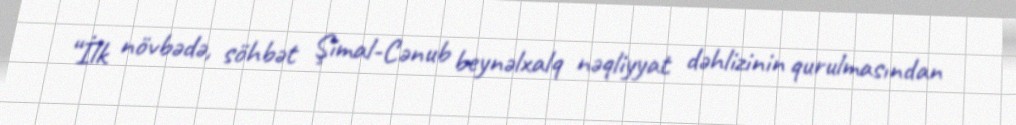
“İlk növbədə, söhbət Şimal-Cənub beynəlxalq nəqliyyat dəhlizinin qurulmasından